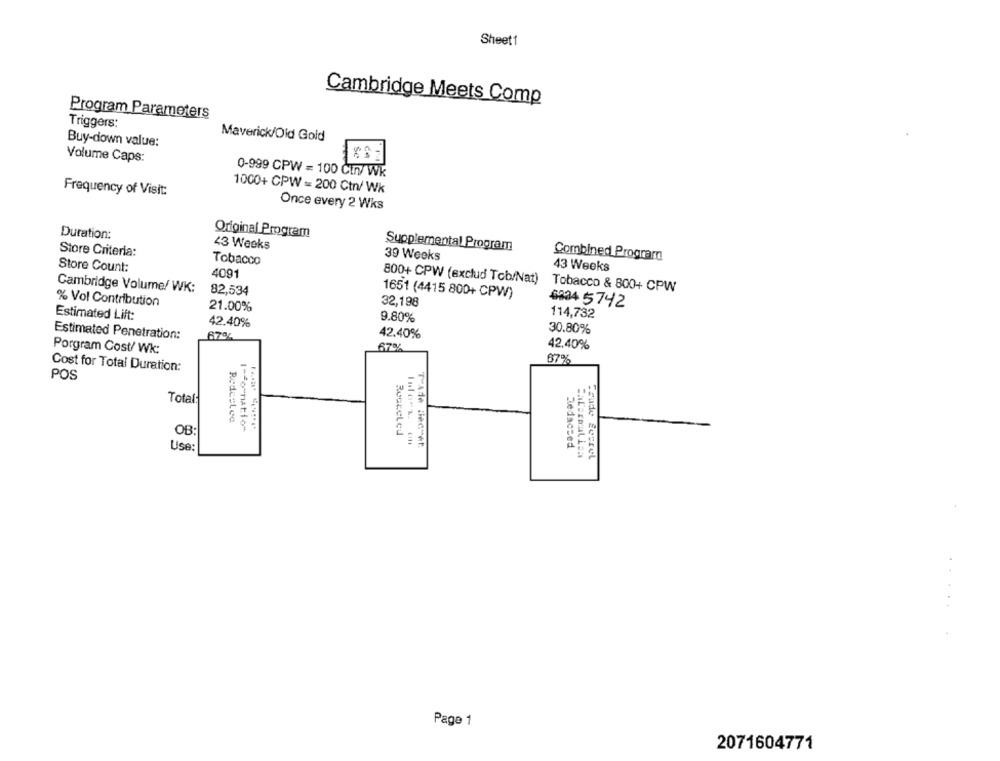
Sheet1
Cambridge Meets Comp
Program Parameters
Triggers:
Maverick/Old Gold
Buy-down value:
Volume Caps:
0-999 CPW = 100 Cin/Wk
1000+ CPW = 200 Ctn/ Wk
Frequency of Visit:
Once every 2 Wks
Duration:
Original Program
43 Weeks
Supplemental Program
Store Criteria:
39 Weeks
Combined Program
Tobacco
Store Count:
4091
43 Weeks
800+ CPW (exclud Tob/Nat)
Cambridge Volume/ WK:
Tobacco & 800+ CPW
82,534
1651 (4415 800+ CPW)
% Vol Contribution
32,198
6834 5742
21.00%
Estimated Lift:
9.80%
114,732
42.40%
Estimated Penetration:
67794
42.40%
30.80%
Porgram Cost/ Wk:
67%
42.40%
67%
Cost for Total Duration:
POS
Total:
OB:
Use:
THATA Bec"et.
Redacted
Trade Secret
Page 1
2071604771